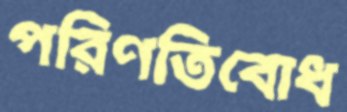
পরিণতিবোধ